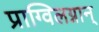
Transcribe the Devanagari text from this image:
प्राग्विलग्नान्